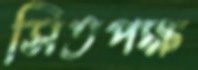
সিতপক্ষ